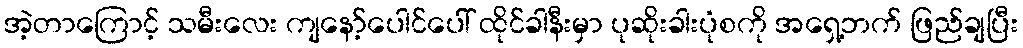
အဲ့တာကြောင့် သမီးလေး ကျနော့်ပေါင်ပေါ် ထိုင်ခါနီးမှာ ပုဆိုးခါးပုံစကို အရှေ့ဘက် ဖြည်ချပြီး